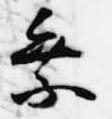
乗